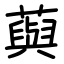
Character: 藇